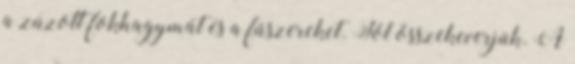
a zúzott fokhagymát és a fűszereket. Jól összekeverjük. A